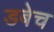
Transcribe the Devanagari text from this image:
डबेच